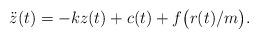
LaTeX: \begin{align*} \ddot z(t) = -k z(t) + c(t) + f\big(r(t)/m\big).\end{align*}